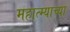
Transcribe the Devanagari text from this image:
महात्म्याच्या